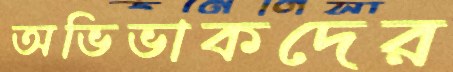
অভিভাকদের